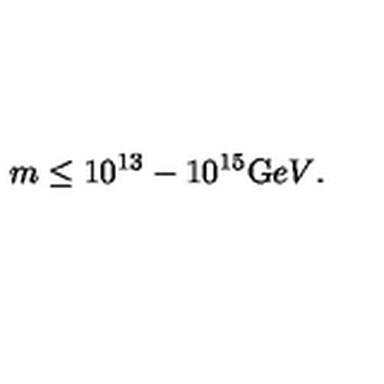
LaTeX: m \le 1 0 ^ { 1 3 } - 1 0 ^ { 1 5 } { \mathrm { G } e V } .